Vaccination in the Punjab 1867-1880 - 1867-1880
Year: 1867
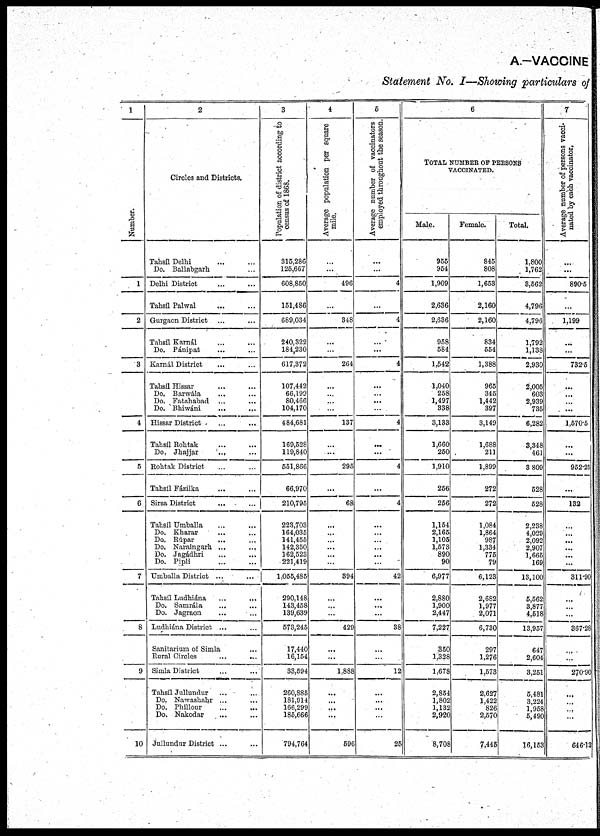
A.—VACCINE
Statement No. I—Showing particulars of
1
Number.
1
2
3
4
5
6
7
8
9
10
2
Circles and Districts.
Tahsíl Delhi ... ...
Do. Ballabgarh ... ...
Delhi District ... ...
Tahsíl Palwal ... ...
Gurgaon District ... ...
Tahsíl Karnál ... ...
Do. Pánipat ... ...
Karnál District ... ...
Tahsíl Hissar ... ...
Do. Barwála ... ...
Do. Fatahabad ... ...
Do. Bhiwáni ... ...
Hissar District ... ...
Tahsíl Rohtak ... ...
Do. Jhajjar
... ...
Rohtak District ... ...
Tahsíl Fázilka
...
...
Sirsa District ... ...
Tahsíl Umballa ... ...
Do. Kharar ... ...
Do. Rúpar ... ...
Do. Naraingarh ... ...
Do. Jagádhri ... ...
Do. Pipli ... ...
Umballa District ... ...
Tahsíl Ludhiána ... ...
Do. Samrála ... ...
Do. Jagraon ... ...
Ludhiána District ... ...
Sanitarium of Simla ...
Rural Circles
...
...
Simla District ... ...
Tahsíl Jullundur ... ...
Do. Nawashahr ... ...
Do. Phillour ... ...
Do. Nakodar ... ...
Jullundur District ... ...
3
Population of district according to
census of 1868.
315,286
125,667
608,850
151,486
689,034
240,322
184,230
617,372
107,442
66,199
80,466
104,170
484,681
169,528
119,840
551,866
66,970
210,795
223,703
164,035
141,455
142,350
162,523
221,419
1,055,485
290,148
143,458
139,639
573,245
17,440
16,154
33,594
260,885
181,914
166,299
185,666
794,764
4
Average population per square
mile.
...
...
496
...
348
...
...
264
...
...
...
...
137
...
...
295
...
68
...
...
...
...
...
...
394
...
...
...
429
...
...
1,888
...
...
...
...
596
5
Average number of vaccinators
employed throughout the season.
...
...
4
...
4
...
...
4
...
...
...
...
4
...
...
4
...
4
...
...
...
...
...
...
42
...
...
...
38
...
...
12
...
...
...
...
25
6
TOTAL NUMBER OF PERSONS
VACCINATED.
Male.
955
954
1,909
2,636
2,636
958
584
1,542
1,040
258
1,497
338
3,133
1,660
250
1,910
256
256
1,154
2,165
1,105
1,573
890
90
6,977
2,880
1,900
2,447
7,227
350
1,328
1,678
2,854
1,802
1,132
2,920
8,708
Female.
845
808
1,653
2,160
2,160
834
554
1,388
965
345
1,442
397
3,149
1,688
211
1,899
272
272
1,084
1,864
987
1,334
775
79
6,123
2,682
1,977
2,071
6,730
297
1,276
1,573
2,627
1,422
826
2,570
7,445
Total.
1,800
1,762
3,562
4,796
4,796
1,792
1,138
2,930
2,005
603
2,939
735
6,282
3,348
461
3,809
528
528
2,238
4,029
2,092
2,907
1,665
169
13,100
5,562
3,877
4,518
13,957
647
2,604
3,251
5,481
3,224
1,958
5,490
16,153
7
Average number of persons vacci-
nated by each vaccinator.
...
...
890.5
...
1,199
...
...
732.5
...
...
...
...
1,570.5
...
...
952.25
...
132
...
...
...
...
...
...
311.90
...
...
...
367.28
...
...
270.90
...
...
...
...
646.12